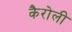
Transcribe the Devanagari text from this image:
कैरोली